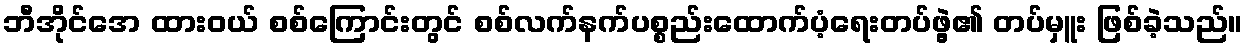
ဘီအိုင်အေ ထားဝယ် စစ်ကြောင်းတွင် စစ်လက်နက်ပစ္စည်းထောက်ပံ့ရေးတပ်ဖွဲ့၏ တပ်မှူး ဖြစ်ခဲ့သည်။